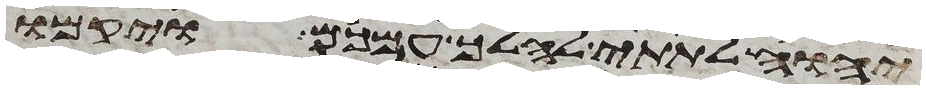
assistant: יהוה לתתי להלך עמכם ויקמו